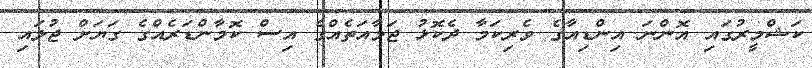
ކަޝްމީރުގައި އޮންނަ އިންޑިއާގެ ވެރިކަމާ ދެކޮޅު ޖަމާއަތެއްގެ އިސް ކޮމާންޑަރެއްގެ ގަޔަށް ޖުލައި